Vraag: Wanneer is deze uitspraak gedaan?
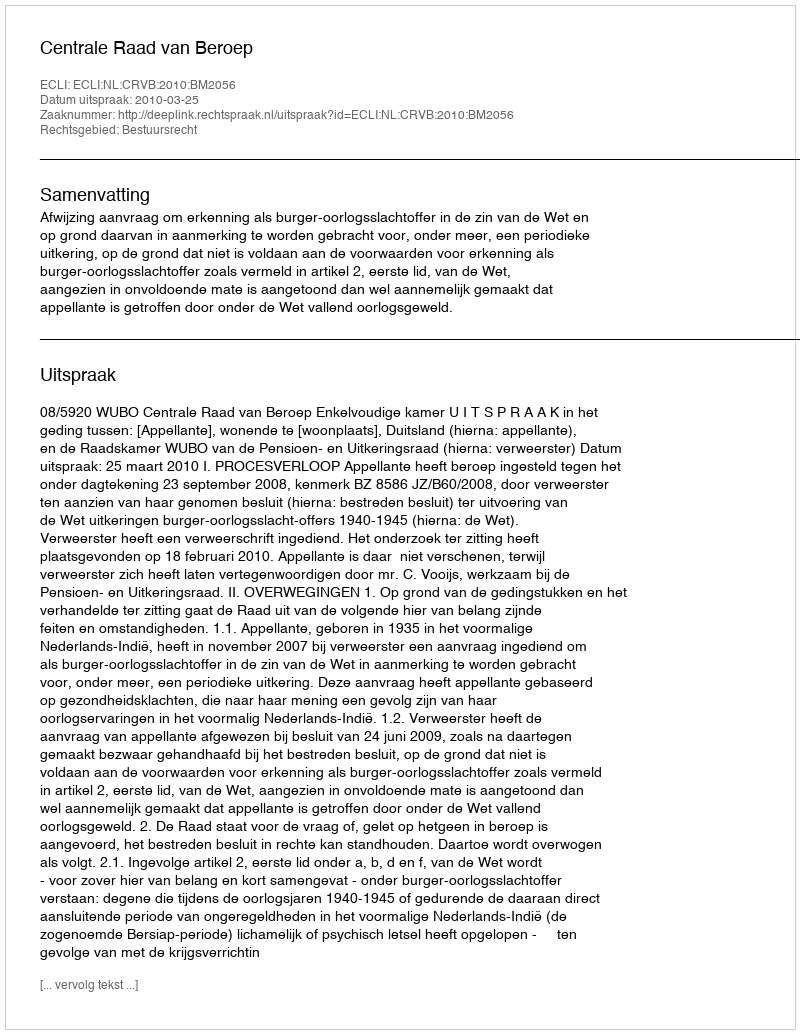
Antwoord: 2010-03-25